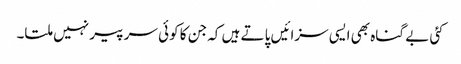
کئی بے گناہ بھی ایسی سزائیں پاتے ہیں کہ جن کا کوئی سر پیر نہیں ملتا۔